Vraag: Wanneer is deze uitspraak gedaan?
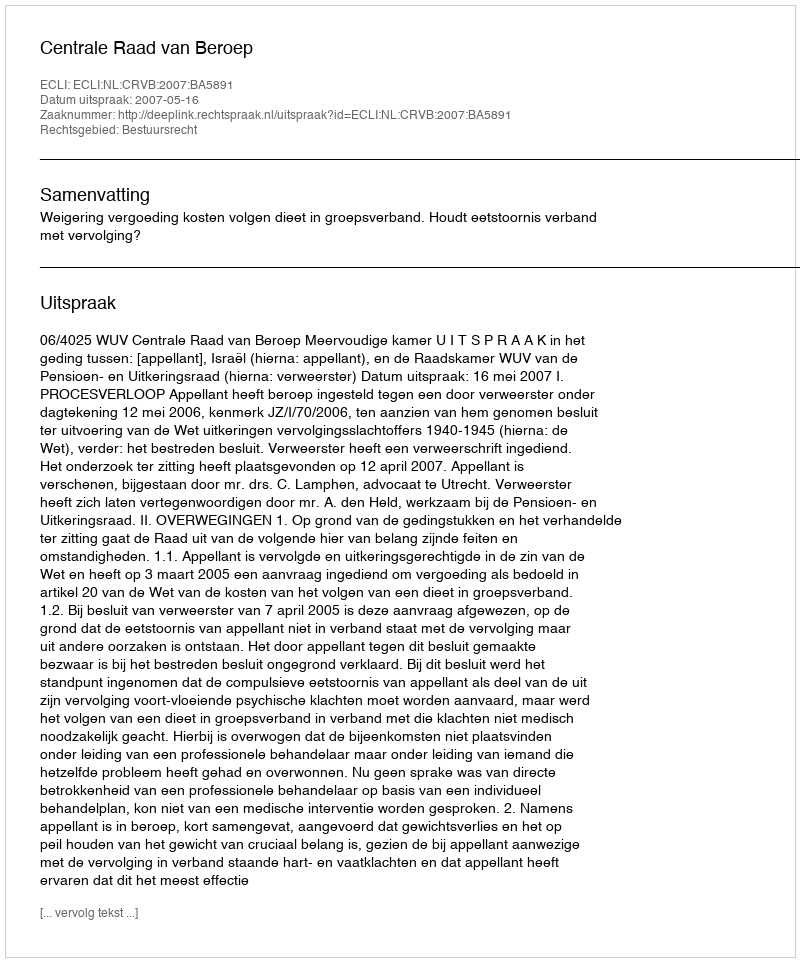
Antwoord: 2007-05-16